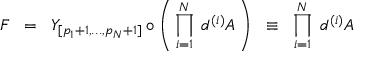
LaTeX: F \; \; = \; \; { \cal { Y } } _ { [ p _ { 1 } + 1 , . . . , p _ { N } + 1 ] } \circ \left( \, \prod _ { i = 1 } ^ { N } \; d ^ { ( i ) } A \, \right) \; \; \equiv \; \; \prod _ { i = 1 } ^ { N } \; d ^ { ( i ) } A